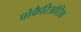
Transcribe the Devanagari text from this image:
प्रोकैरिओटिक